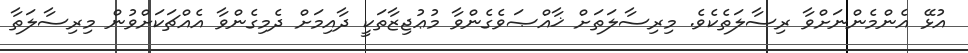
އުޅޭ އެންމެންނަށްވާ ރިސާލަތެކެވެ. މިރިސާލަތަށް ޚާއްޞަވެގެންވާ މުޢުޖިޒާތަކީ ދާއިމަށް ދެމިގެންވާ އެއްޗަކަށްވުން މިރިސާލަތާ